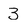
Character: 3